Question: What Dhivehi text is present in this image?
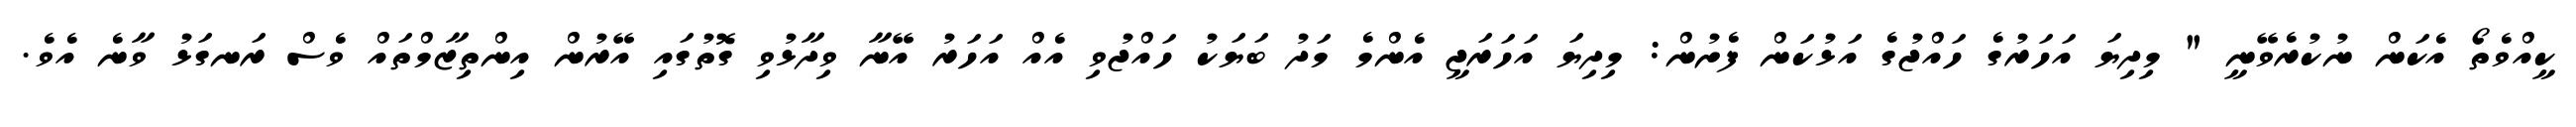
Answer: ކީއްވެތޯ އެކަން ނުކުރެވޭނީ " މިދިޔަ އަހަރުގެ ހައްޖުގެ އަޅުކަން ފެށުން: މިދިޔަ އަހަރަޖީ އެންމެ މަދު ބަޔަކު ހައްޖުވި އެއް އަހަރު އޭނާ ވިދާޅުވި ގޮތުގައި އޭރުން އިންތިޒާމްތައް ވެސް ރަނގަޅު ވާނެ އެވެ.